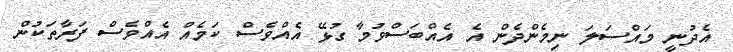
އެދުނީ މައްސަލަ ނިމެންދެން އެ އެއްބަސްވުމާ ގުޅޭ އެއްވެސް ކަމެއް އެއްވެސް ފަރާތަކުން